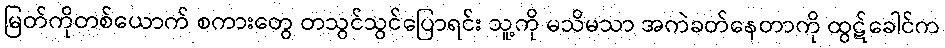
မြတ်ကိုတစ်ယောက် စကားတွေ တသွင်သွင်ပြောရင်း သူ့ကို မသိမသာ အကဲခတ်နေတာကို ထွဋ်ခေါင်က